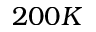
2 0 0 K